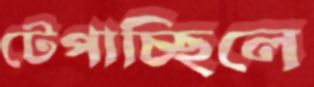
টেপাচ্ছিলে